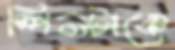
স্পিনটাকে